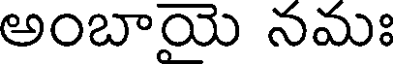
అంబాయె నమః